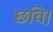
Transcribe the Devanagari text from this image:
छवि।